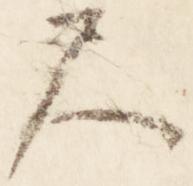
尺